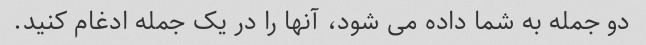
دو جمله به شما داده می شود، آنها را در یک جمله ادغام کنید.